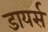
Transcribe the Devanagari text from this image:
डायर्स